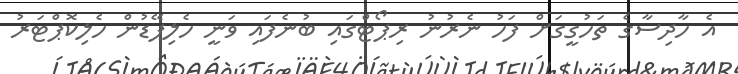
އެ ހާދިސާގެ ތަހުގީގަށް ފަހު ނެރުނު ރިޕޯޓްގައި ބުނެފައި ވަނީ ހެލިޕޭޑުން ހެލިކޮޕްޓަރު